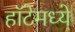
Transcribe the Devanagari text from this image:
हॉटेमध्ये